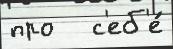
про   с'еб'е́